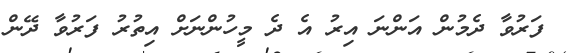
ފަރުވާ ދެމުން އަންނަ އިރު އެ ދެ މީހުންނަށް އިތުރު ފަރުވާ ދޭން